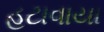
હટાવાયા